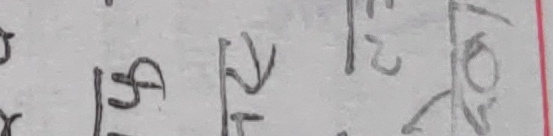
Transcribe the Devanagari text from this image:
१५  २२  १०